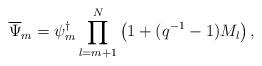
LaTeX: \begin{align*}\overline{\Psi}_{m}=\psi_{m}^{\dagger}\prod_{l=m+1}^{N}\left(1+(q^{-1}-1) M_{l}\right),\end{align*}